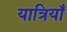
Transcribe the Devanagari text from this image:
यात्रियाँ